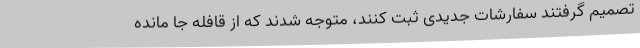
تصمیم گرفتند سفارشات جدیدی ثبت کنند، متوجه شدند که از قافله جا مانده